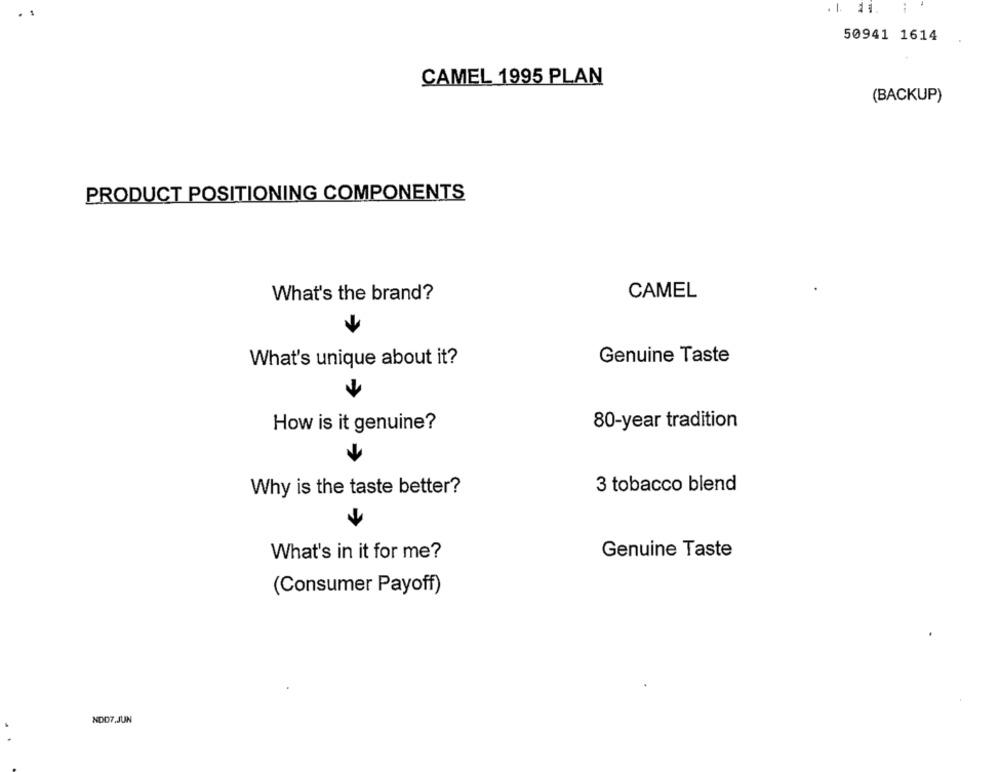
50941 1614
CAMEL 1995 PLAN
(BACKUP)
PRODUCT POSITIONING COMPONENTS
What's the brand?
CAMEL
What's unique about it?
Genuine Taste
80-year tradition
How is it genuine?
Why is the taste better?
3 tobacco blend
What's in it for me?
Genuine Taste
(Consumer Payoff)
NDD7.JUN